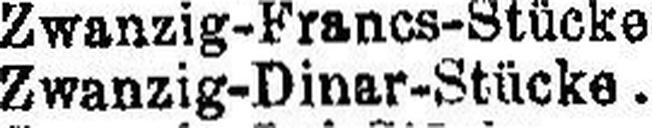
Zwanzig-Dinar-Stücke